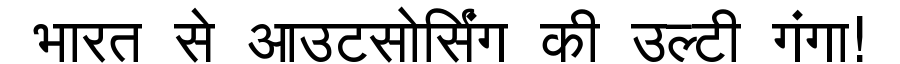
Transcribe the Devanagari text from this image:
भारत से आउटसोर्सिंग की उल्टी गंगा!